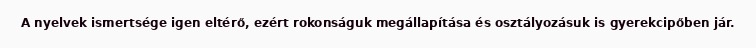
A nyelvek ismertsége igen eltérő, ezért rokonságuk megállapítása és osztályozásuk is gyerekcipőben jár.